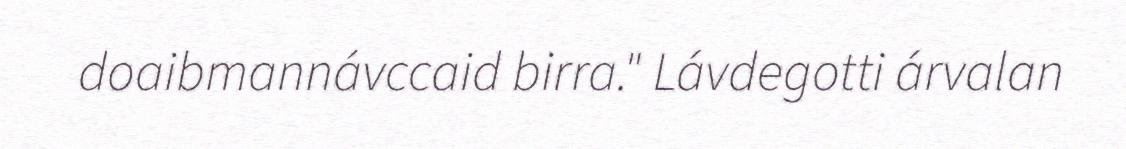
doaibmannávccaid birra." Lávdegotti árvalan